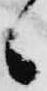
候